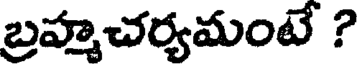
బ్రహ్మచర్యమంటే ?